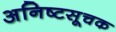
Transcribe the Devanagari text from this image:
अनिष्टसूचक